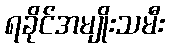
ရခိုင်အမျိုးသမီး